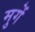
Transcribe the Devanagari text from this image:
मुगें